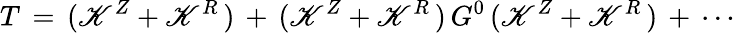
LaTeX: T\, =\, (\mathscr{K}^{Z}+\mathscr{K}^{R}\, )\, +\, (\mathscr{K}^{Z}+\mathscr{K}^{R}\, )\, G^{0}\, (\mathscr{K}^{Z}+\mathscr{K}^{R}\, )\, +\, \cdots